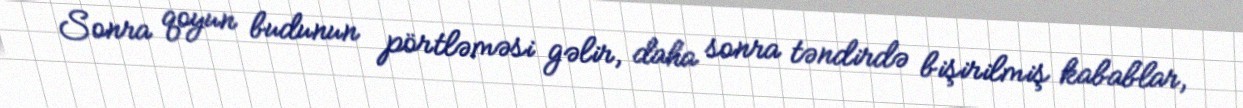
Sonra qoyun budunun pörtləməsi gəlir, daha sonra təndirdə bişirilmiş kabablar,